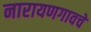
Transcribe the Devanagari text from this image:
नारायणगावचे